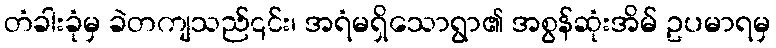
တံခါးခုံမှ ခဲတကျသည်၎င်း၊ အရံမရှိသောရွာ၏ အစွန်ဆုံးအိမ် ဥပမာရမှ